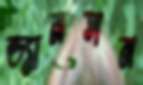
ড্যানসন